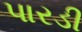
પારડી